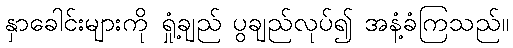
နှာခေါင်းများကို ရှုံ့ချည် ပွချည်လုပ်၍ အနံ့ခံကြသည်။